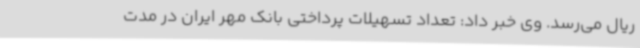
ریال می‌رسد. وی خبر داد: تعداد تسهیلات پرداختی بانک مهر ایران در مدت